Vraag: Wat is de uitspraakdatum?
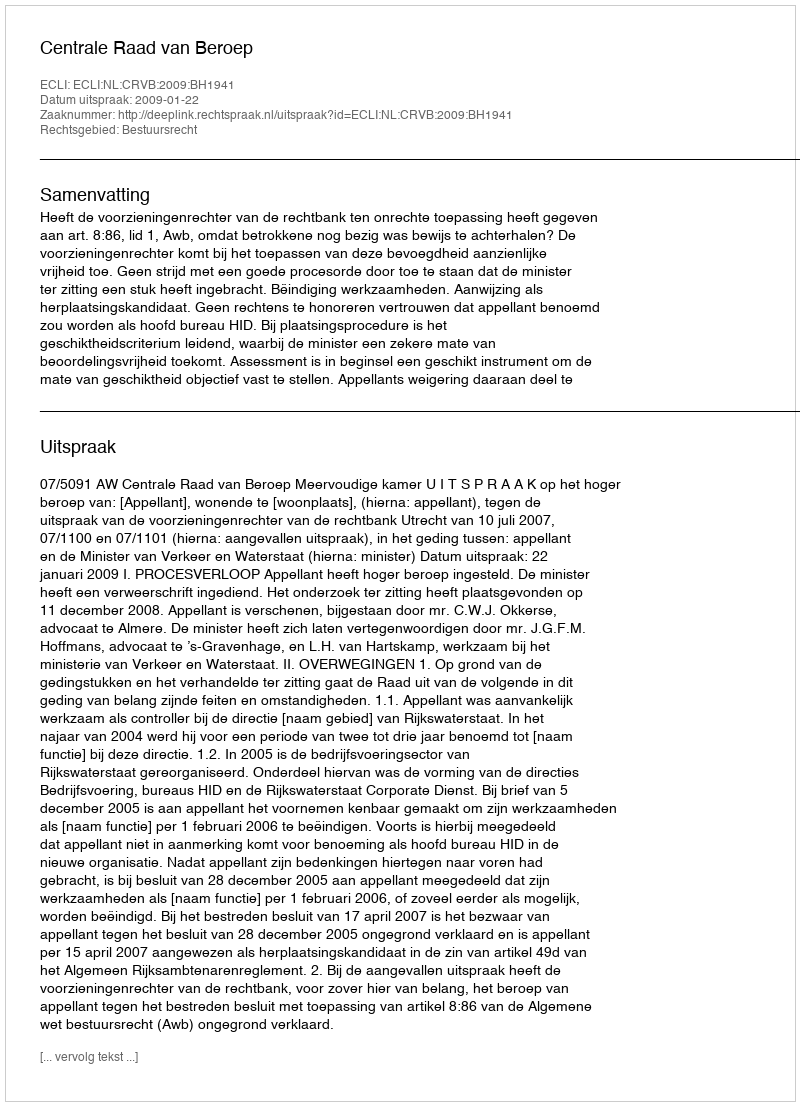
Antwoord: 2009-01-22